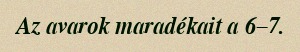
Az avarok maradékait a 6–7.